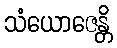
သံယောဇေန္တိ